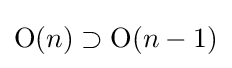
\mathrm {O} (n)\supset \mathrm {O} (n-1)